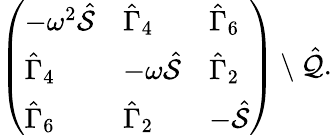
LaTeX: \begin{array}{r}{\left(\begin{array}{lll}{-\omega^{2}\hat{\mathcal{S}}}&{\hat{\Gamma}_{4}}&{\hat{\Gamma}_{6}}\\ {\hat{\Gamma}_{4}}&{-\omega\hat{\mathcal{S}}}&{\hat{\Gamma}_{2}}\\ {\hat{\Gamma}_{6}}&{\hat{\Gamma}_{2}}&{-\hat{\mathcal{S}}}\end{array}\right)\setminus\hat{\mathcal{Q}}.}\end{array}